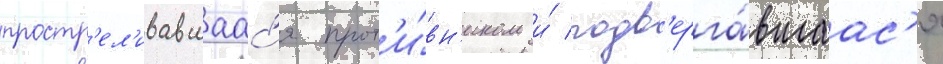
простр'ел'ивавшаас'я прот'и́вн'иком и́ подв'ерга́вшаас'я